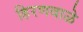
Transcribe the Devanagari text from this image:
हिरणवाळे